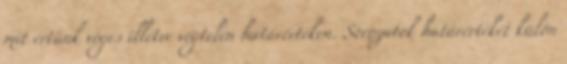
mit értünk véges illetve végtelen határértéken. Sorozatok határértékét külön